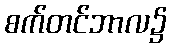
စက်တင်ဘာလ၌